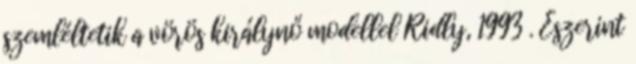
szemléltetik a vörös királynő modellel Ridly, 1993 . Eszerint